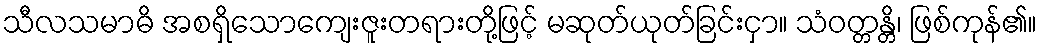
သီလသမာဓိ အစရှိသောကျေးဇူးတရားတို့ဖြင့် မဆုတ်ယုတ်ခြင်းငှာ။ သံဝတ္တန္တိ၊ ဖြစ်ကုန်၏။